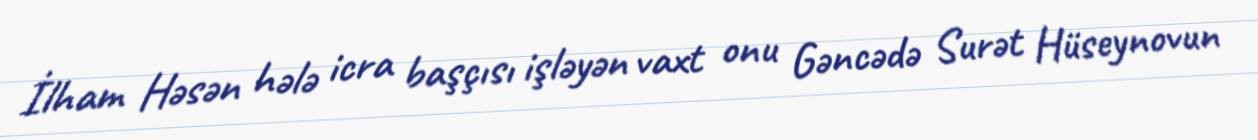
İlham Həsən hələ icra başçısı işləyən vaxt onu Gəncədə Surət Hüseynovun